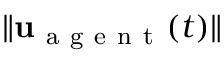
\| \mathbf { u } _ { \mathrm { ~ a ~ g ~ e ~ n ~ t ~ } } ( t ) \|